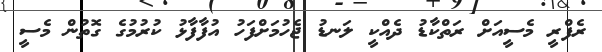
ރެފްރީ މެސީއަށް ރަތްކާޑު ދެއްކީ ލަނޑު ޖެހުމަށްފަހު އުފާފާޅު ކުރުމުގެ ގޮތުން މެސީ